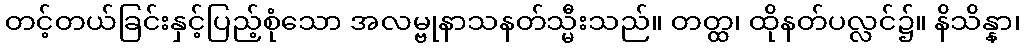
တင့်တယ်ခြင်းနှင့်ပြည့်စုံသော အလမ္ဗုနာသနတ်သ္မီးသည်။ တတ္ထ၊ ထိုနတ်ပလ္လင်၌။ နိသိန္နာ၊